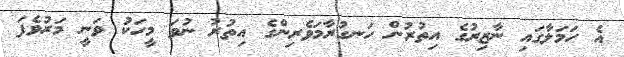
އެ ހަމަލާގައި ނާޒިރުގެ އިތުރުން ހަނގުރާމަވެރިންގެ އިތުރު ނުވަ މީހަކު ވަނީ މަރުވެފަ